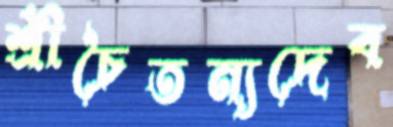
শ্রীচৈতন্যদেব